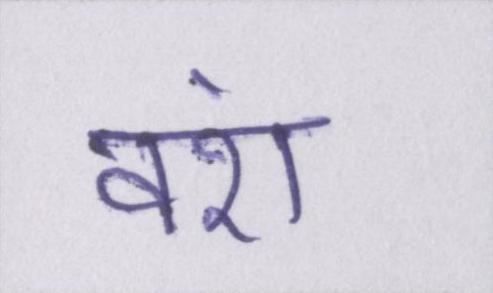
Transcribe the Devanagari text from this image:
वंश